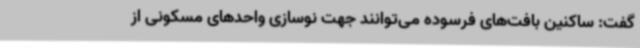
گفت: ساکنین بافت‌های فرسوده می‌توانند جهت نوسازی واحدهای مسکونی از